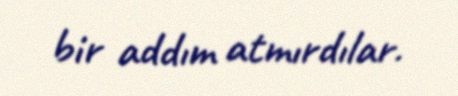
bir addım atmırdılar.